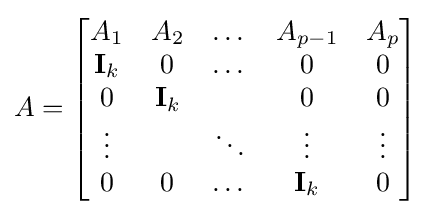
A={\begin{bmatrix}A_{1}&A_{2}&\dots &A_{p-1}&A_{p}\\\mathbf {I} _{k}&0&\dots &0&0\\0&\mathbf {I} _{k}&&0&0\\\vdots &&\ddots &\vdots &\vdots \\0&0&\dots &\mathbf {I} _{k}&0\\\end{bmatrix}}